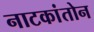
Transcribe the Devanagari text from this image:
नाटकांतोन